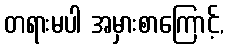
တရားမပါ အမှားစာကြောင့်,